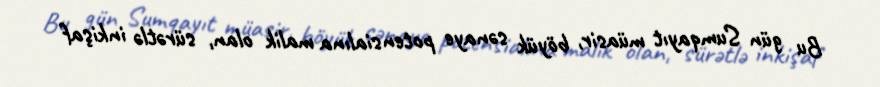
Bu gün Sumqayıt müasir, böyük sənaye potensialına malik olan, sürətlə inkişaf